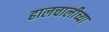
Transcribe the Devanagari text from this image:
हालचालीच्या